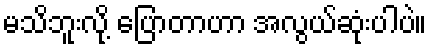
မသိဘူးလို့ ပြောတာဟာ အလွယ်ဆုံးပါပဲ။